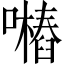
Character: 𱕖